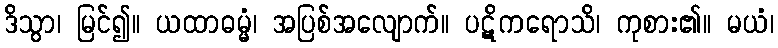
ဒိသွာ၊ မြင်၍။ ယထာဓမ္မံ၊ အပြစ်အလျောက်။ ပဋိကရောသိ၊ ကုစား၏။ မယံ၊